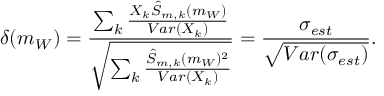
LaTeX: \delta ( m _ { W } ) = \frac { \sum _ { k } \frac { X _ { k } \hat { S } _ { m , k } ( m _ { W } ) } { V a r ( X _ { k } ) } } { \sqrt { \sum _ { k } \frac { \hat { S } _ { m , k } ( m _ { W } ) ^ { 2 } } { V a r ( X _ { k } ) } } } = \frac { \sigma _ { e s t } } { \sqrt { V a r ( \sigma _ { e s t } ) } } .